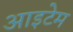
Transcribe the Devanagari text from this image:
आइटेम